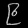
Digit: ၉